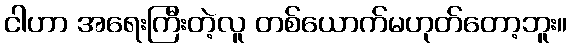
ငါဟာ အရေးကြီးတဲ့လူ တစ်ယောက်မဟုတ်တော့ဘူး။